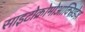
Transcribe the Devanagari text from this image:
साइटोक्रोमोआक्सिडेज़